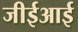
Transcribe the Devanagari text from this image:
जीईआई